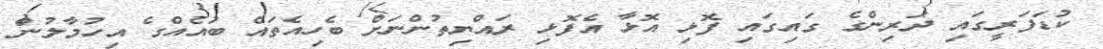
ކުޑަފަރީގައި ދަރިންގެ ގައިގައި ފޮޅި އޮޅާ އެފޮޅި ރައްޔިތުންނަށް ބެހިއެތައް ބައެއްގެ އިހުމާލުން